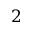
2